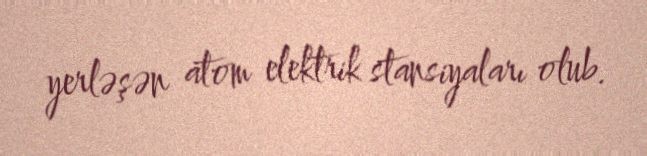
yerləşən atom elektrik stansiyaları olub.